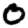
Digit: 0